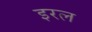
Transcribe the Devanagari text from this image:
इरल